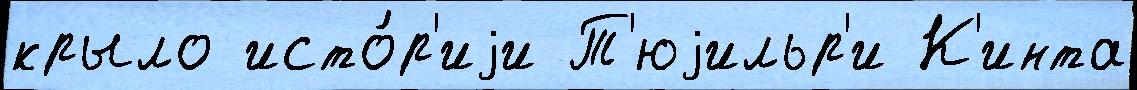
крыло исто́р'иjи Т'юjильр'и К'инта